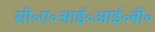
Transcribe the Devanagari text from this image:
सी॰ए॰आई॰आई॰बी॰